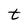
Character: t